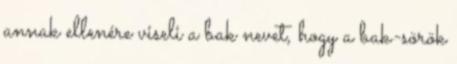
annak ellenére viseli a bak nevet, hogy a bak-sörök